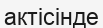
актісінде